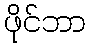
ဖိုင်ဘာ